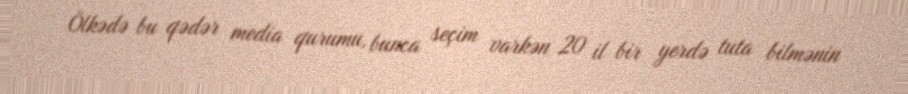
Ölkədə bu qədər media qurumu, bunca seçim varkən 20 il bir yerdə tuta bilmənin